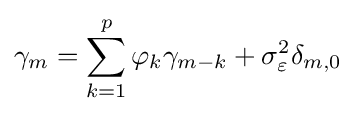
\gamma _{m}=\sum _{k=1}^{p}\varphi _{k}\gamma _{m-k}+\sigma _{\varepsilon }^{2}\delta _{m,0}